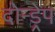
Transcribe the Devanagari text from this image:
दोन्ड्रेप